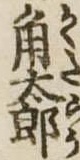
角太郎